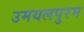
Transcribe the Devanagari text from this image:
उमयलपुरम